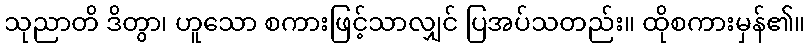
သုညာတိ ဒိတွာ၊ ဟူသော စကားဖြင့်သာလျှင် ပြအပ်သတည်း။ ထိုစကားမှန်၏။